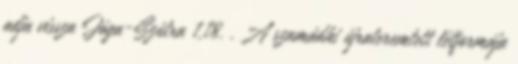
adja vissza Jóga-Szútra 1,18. . A szamádhi újrateremtett létformája